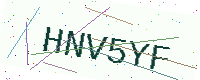
Text: HNV5YF